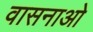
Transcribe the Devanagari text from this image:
वासनाओ